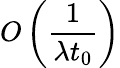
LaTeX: O\left({\frac{1}{\lambda t_{0}}}\right)